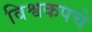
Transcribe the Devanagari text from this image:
विश्वकपचे